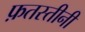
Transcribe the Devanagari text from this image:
फ़तस्तीनी